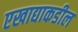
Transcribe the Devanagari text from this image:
एखाद्याकडील